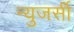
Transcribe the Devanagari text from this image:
न्युजर्सी